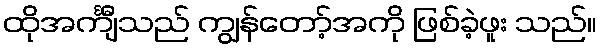
ထိုအင်္ကျီသည် ကျွန်တော့်အကို ဖြစ်ခဲ့ဖူး သည်။